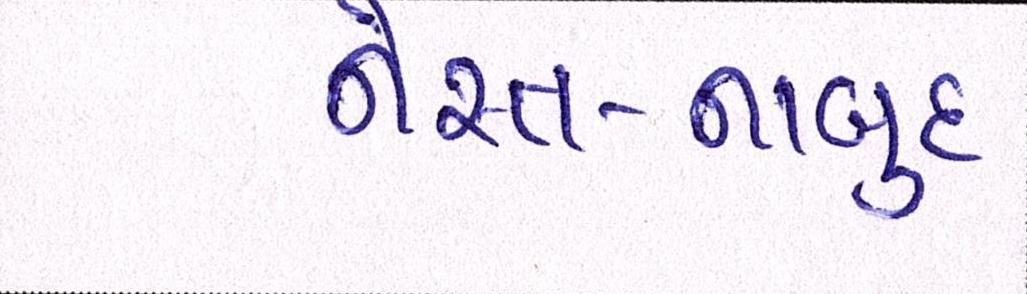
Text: નેસ્ત-નાબુદ